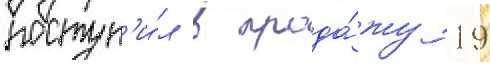
поступ'и́л в прода́жу 19